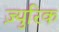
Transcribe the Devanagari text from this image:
ज़्युरिक